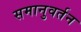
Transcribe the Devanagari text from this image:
समानुवर्तन